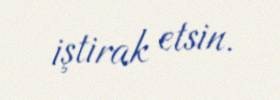
iştirak etsin.